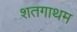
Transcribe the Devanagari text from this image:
शतगाथम